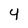
Character: 4